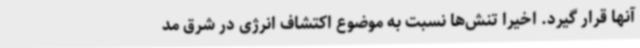
آنها قرار گیرد. اخیرا تنش‌ها نسبت به موضوع اکتشاف انرژی در شرق مد